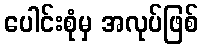
ပေါင်းစုံမှ အလုပ်ဖြစ်